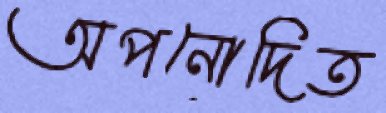
অপনোদিত